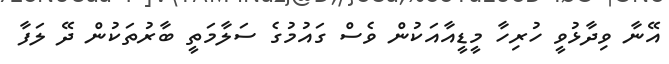
އޭނާ ވިދާޅުވީ ހުރިހާ މީޑީއާއަކުން ވެސް ގައުމުގެ ސަލާމަތީ ބާރުތަކުން ދޭ ލަފާ